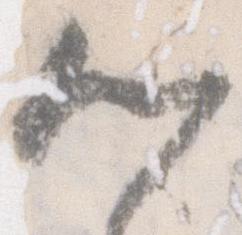
心